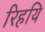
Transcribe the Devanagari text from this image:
रिहयि